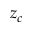
z _ { c }